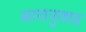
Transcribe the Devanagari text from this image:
सारानुवाद